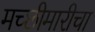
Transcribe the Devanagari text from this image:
मच्छीमारीचा